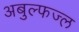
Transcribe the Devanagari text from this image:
अबुल्फज्ल